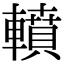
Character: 轒